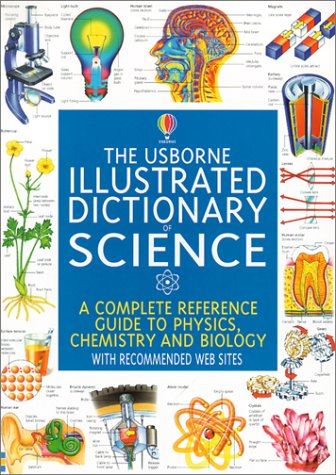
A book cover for The Usborne Illustrated Dictionary of Science: A Complete Reference Guide to Physics, Chemistry, and Biology (Usborne Illustrated Dictionaries); Corinne Stockley; Teen & Young Adult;